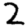
Digit: 2